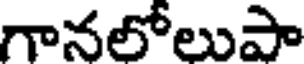
గానలోలుపా